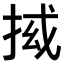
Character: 𭠵